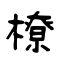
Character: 橑